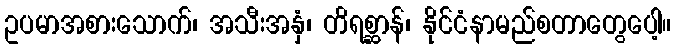
ဥပမာအစားသောက်၊ အသီးအနှံ၊ တိရစ္ဆာန်၊ နိုင်ငံနာမည်စတာတွေပေါ့။